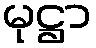
မုဋ္ဌာ